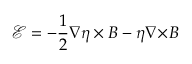
\boldsymbol { \mathcal { E } } = - \frac { 1 } { 2 } \nabla \eta \times \boldsymbol { B } - \eta \nabla \! \times \! \boldsymbol { B }